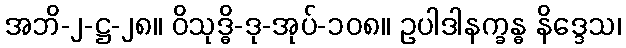
အဘိ-၂-ဋ္ဌ-၂၈။ ဝိသုဒ္ဓိ-ဒု-အုပ်-၁၀၈။ ဥပါဒါနက္ခန္ဓ နိဒ္ဒေသ၊